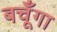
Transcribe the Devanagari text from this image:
बचूँगा